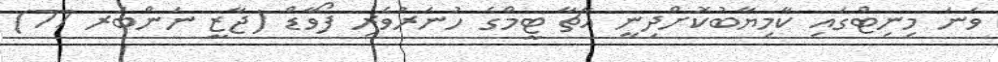
ވަނަ މިނިޓްގައި ކާމިޔާބުކޮށްދިނީ އާޗާ ޓީމްގެ ހުނަރުވެރި ފޯވާޑް (ޖާޒީ ނަންބަރ 77)